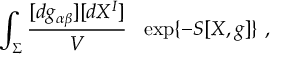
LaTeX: \int _ { \Sigma } \frac { [ d g _ { \alpha \beta } ] [ d X ^ { I } ] } { V } \ \ \exp \{ - S [ X , g ] \} \ ,